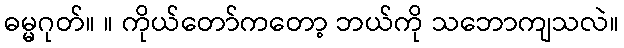
ဓမ္မဂုတ်။ ။ ကိုယ်တော်ကတော့ ဘယ်ကို သဘောကျသလဲ။